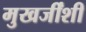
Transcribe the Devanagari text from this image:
मुखर्जींशी